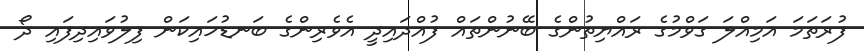
ފުރަތަމަ އަމިއްލަ ގަވްމުގެ ރައްޔިތުންގެ ބޭނުންތައް ފުއްދައިދީ އެވެރިންގެ ބަނޑުހައިކަން ފިލުވައިދިފައި ދޯ